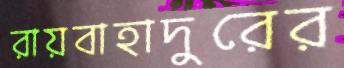
রায়বাহাদুরের